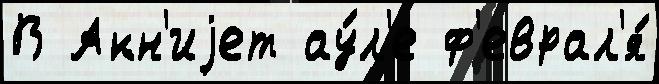
В Акн'иjет ау́л'е ф'еврал'я́